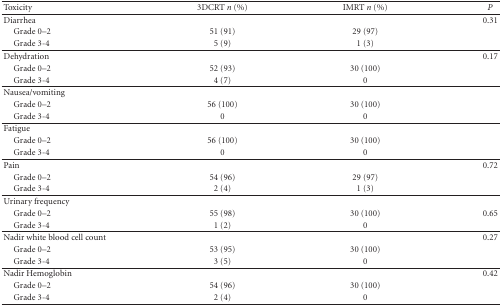
| Toxicity | 3DCRT n (%) | IMRT n (%) | P |
 | --- | --- | --- | --- |
 | Diarrhea |  |  | 0.31 |
 | Grade 0–2 | 51 (91) | 29 (97) |  |
 | Grade 3-4 | 5 (9) | 1 (3) |  |
 | Dehydration |  |  | 0.17 |
 | Grade 0–2 | 52 (93) | 30 (100) |  |
 | Grade 3-4 | 4 (7) | 0 |  |
 | Nausea/vomiting |  |  |  |
 | Grade 0–2 | 56 (100) | 30 (100) |  |
 | Grade 3-4 | 0 | 0 |  |
 | Fatigue |  |  |  |
 | Grade 0–2 | 56 (100) | 30 (100) |  |
 | Grade 3-4 | 0 | 0 |  |
 | Pain |  |  | 0.72 |
 | Grade 0–2 | 54 (96) | 29 (97) |  |
 | Grade 3-4 | 2 (4) | 1 (3) |  |
 | Urinary frequency |  |  |  |
 | Grade 0–2 | 55 (98) | 30 (100) | 0.65 |
 | Grade 3-4 | 1 (2) | 0 |  |
 | Nadir white blood cell count |  |  | 0.27 |
 | Grade 0–2 | 53 (95) | 30 (100) |  |
 | Grade 3-4 | 3 (5) | 0 |  |
 | Nadir Hemoglobin |  |  | 0.42 |
 | Grade 0–2 | 54 (96) | 30 (100) |  |
 | Grade 3-4 | 2 (4) | 0 |  |